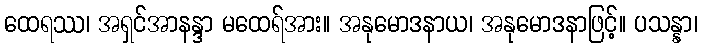
ထေရဿ၊ အရှင်အာနန္ဒာ မထေရ်အား။ အနုမောဒနာယ၊ အနုမောဒနာဖြင့်။ ပသန္နာ၊